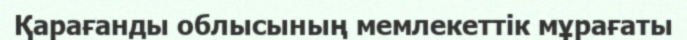
Қарағанды облысының мемлекеттік мұрағаты